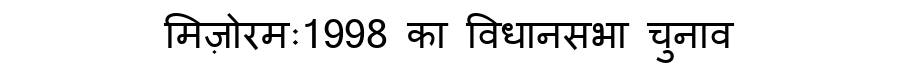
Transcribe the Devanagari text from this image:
मिज़ोरमः1998 का विधानसभा चुनाव